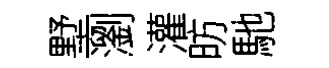
墅瀏灌昉馳